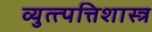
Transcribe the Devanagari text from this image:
व्युत्त्पत्तिशास्त्र